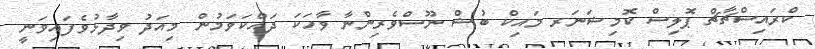
ކްރައިސްޗާޗް ޕޮލިސް ކޮމިޝަނަރ މައިކް ބުޝް ނޫސްވެރިންނާ ވާހަކަ ދައްކަވަމުން މިއަދު ވިދާޅުވެފައިވަނީ